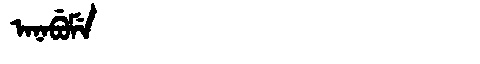
Manchu: ᠠᠨᠠᠪᡠᠮᡝ
Romanization: ANABUME